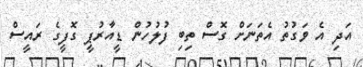
އަދި އެ ވަގުތު އެތަނަށް ގޮސް ތިބި ފުލުހުން ޑީއާރުޕީ ގޮފީގެ ރައީސް